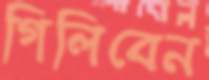
গিলিবেন